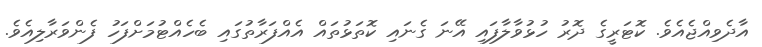
އާދެވިއްޖެއެވެ. ކޮޓަރީގެ ދޮރު ހުޅުވާލާފައި އޭނަ ގެނައި ކޮތަޅުތައް އެއްފަރާތުގައި ބެހެއްޓުމަށްފަހު ފެންވަރާލިއެވެ.